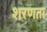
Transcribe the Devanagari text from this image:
शरणता